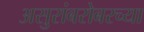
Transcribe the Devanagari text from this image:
असुरांबरोबरच्या